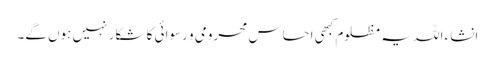
انشاء اللہ یہ مظلوم کبھی احساس محرومی و رسوائی کا شکار نہیں ہوں گے۔